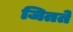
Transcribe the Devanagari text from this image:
जितते